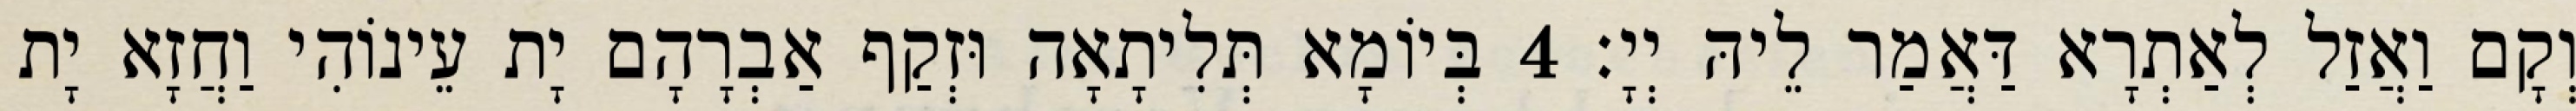
וְקָם וַאֲזַל לְאַתְרָא דַּאֲמַר לֵיהּ יְיָ׃ 4 בְּיוֹמָא תְּלִיתָאָה וּזְקַף אַבְרָהָם יָת עֵינוֹהִי וַחֲזָא יָת